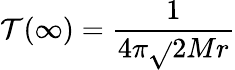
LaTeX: \mathcal{T}(\infty)={\frac{{1}}{{4\pi{\sqrt{}{{2Mr}}}}}}